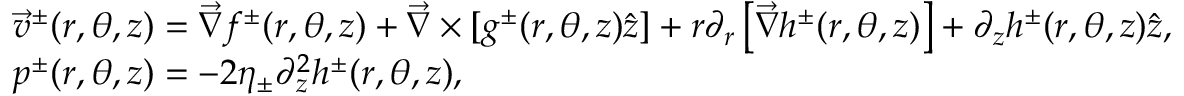
\begin{array} { r l } & { \vec { v } ^ { \pm } ( r , \theta , z ) = \vec { \nabla } f ^ { \pm } ( r , \theta , z ) + \vec { \nabla } \times [ g ^ { \pm } ( r , \theta , z ) \hat { z } ] + r \partial _ { r } \left[ \vec { \nabla } h ^ { \pm } ( r , \theta , z ) \right] + \partial _ { z } h ^ { \pm } ( r , \theta , z ) \hat { z } , } \\ & { p ^ { \pm } ( r , \theta , z ) = - 2 \eta _ { \pm } \partial _ { z } ^ { 2 } h ^ { \pm } ( r , \theta , z ) , } \end{array}